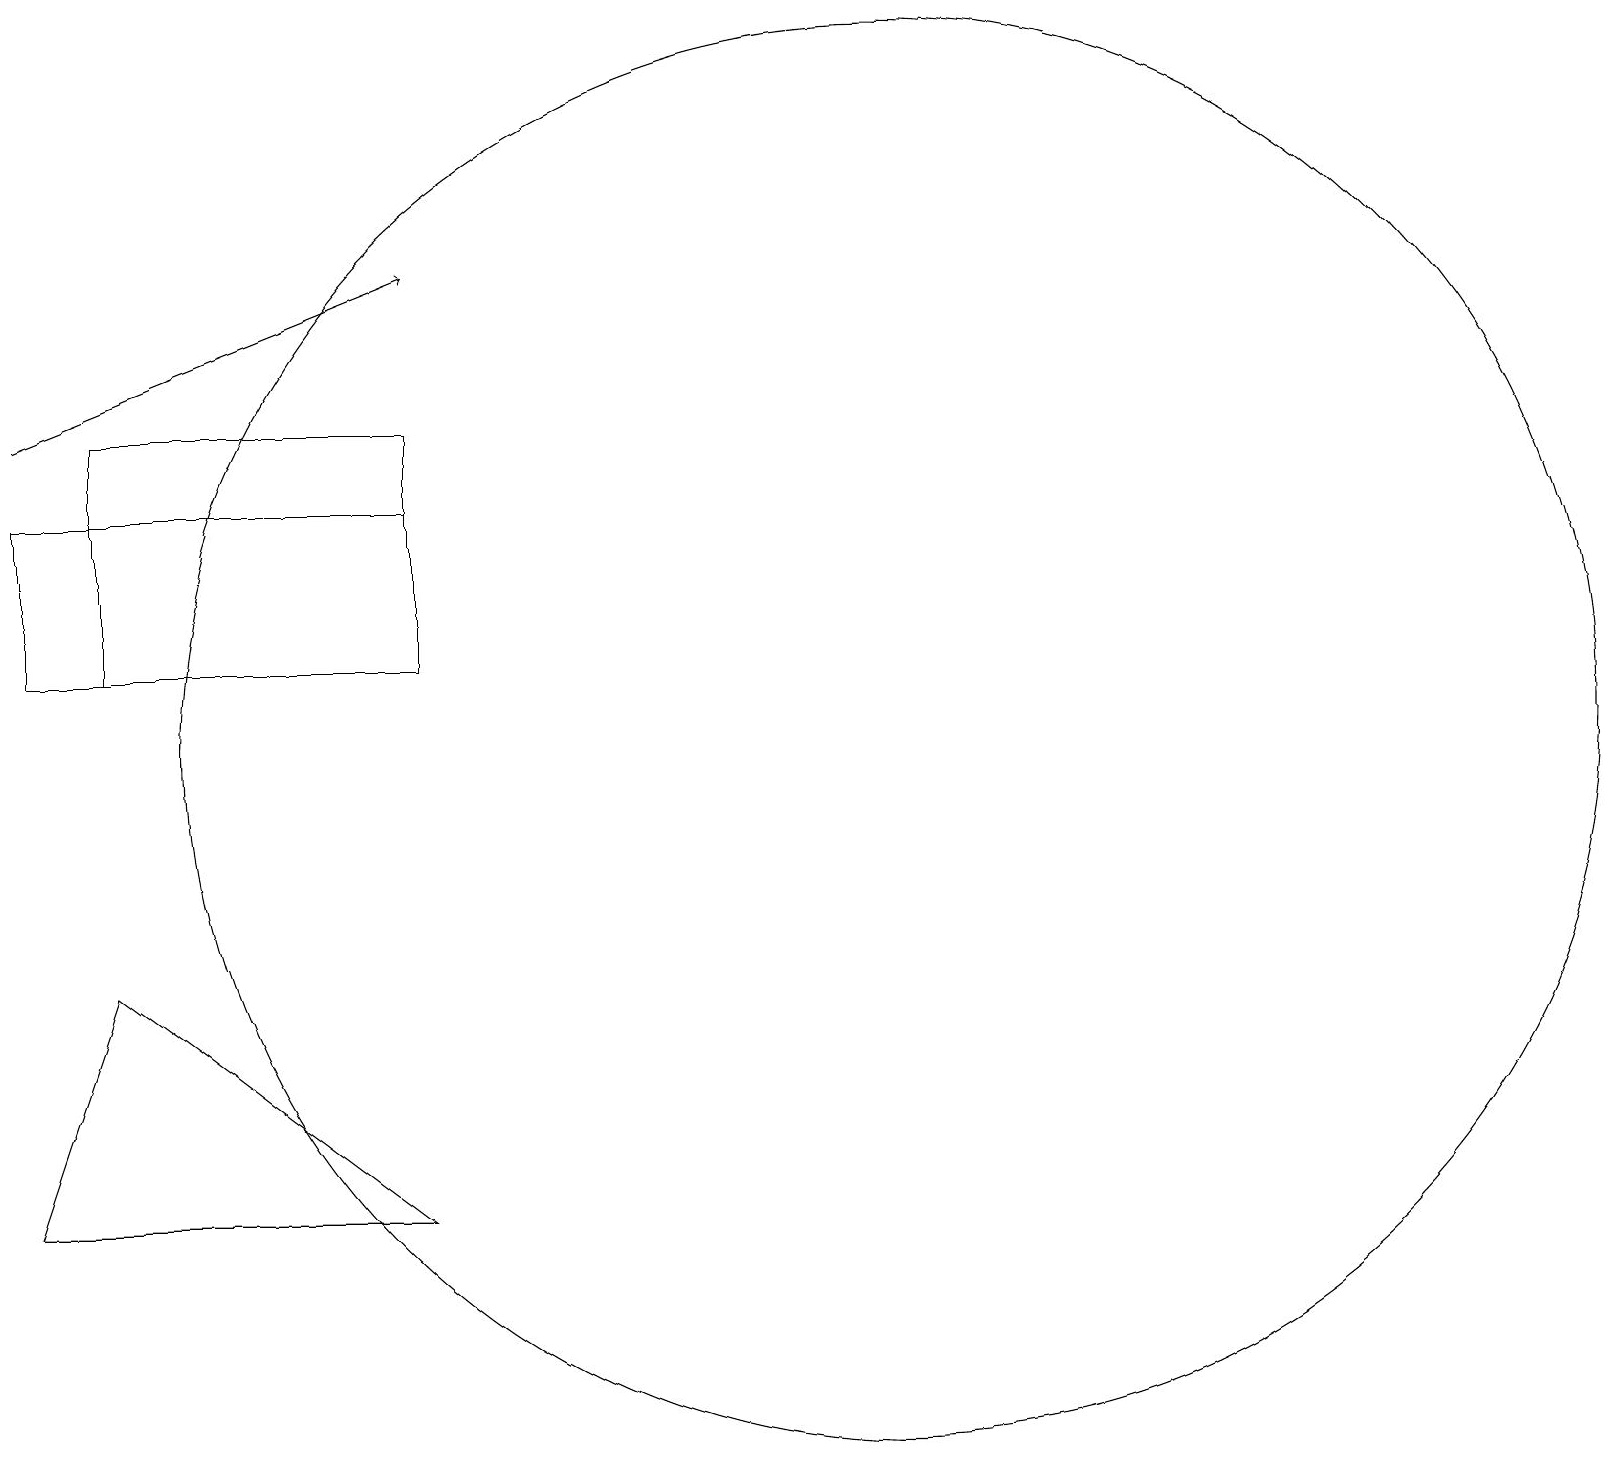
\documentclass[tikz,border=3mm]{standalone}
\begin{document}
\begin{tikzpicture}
\draw (0,5) -- (5,5) -- (1,8) -- cycle;
\draw (11,11) circle (9);
\draw (0,12) rectangle (5,14);
\draw[->] (0,15) -- (5,17);
\draw (5,15) rectangle (1,12);
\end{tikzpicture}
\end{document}